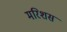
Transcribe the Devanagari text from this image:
मरिशस